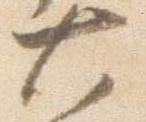
大